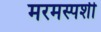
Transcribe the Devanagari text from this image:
मरमस्पर्शी